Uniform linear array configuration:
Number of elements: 12
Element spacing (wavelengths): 0.75
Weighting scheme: cosine
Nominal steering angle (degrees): -45
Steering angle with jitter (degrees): -45.502
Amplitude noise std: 0.05
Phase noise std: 0.05

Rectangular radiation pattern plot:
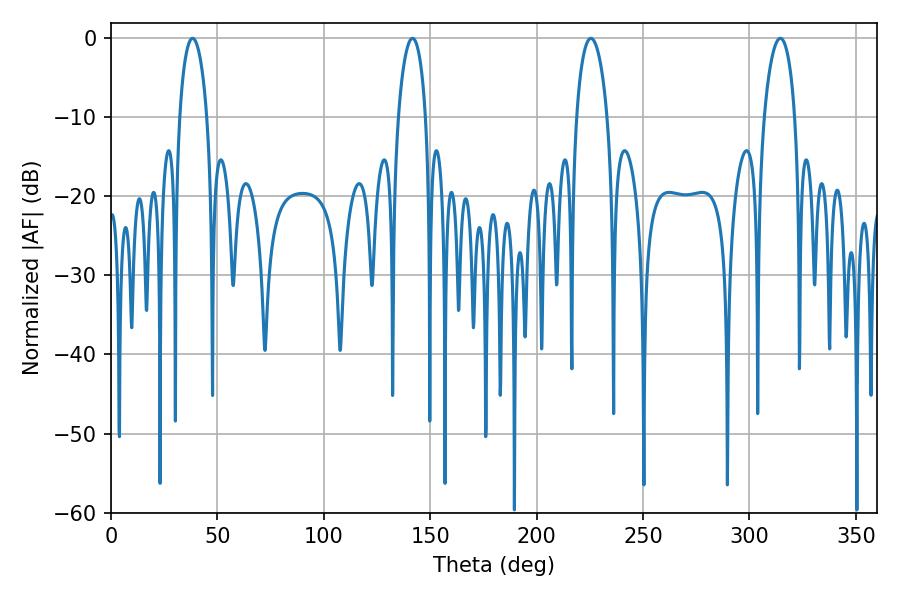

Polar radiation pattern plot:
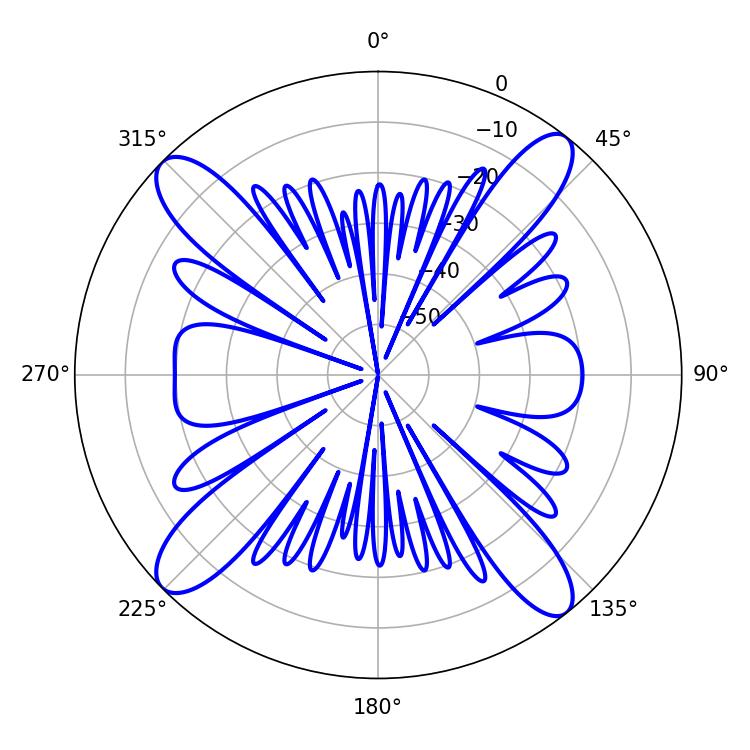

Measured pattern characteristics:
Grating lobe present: TRUE
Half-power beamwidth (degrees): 7.38
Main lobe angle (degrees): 38.34